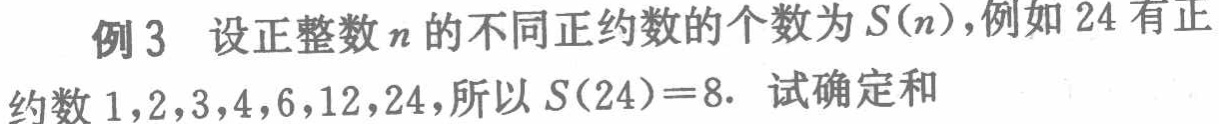
例3 设正整数\(n\)的不同正约数的个数为\(S(n)\)，例如\(24\)有正约数\(1,2,3,4,6,12,24\)，所以\(S(24)=8\). 试确定和